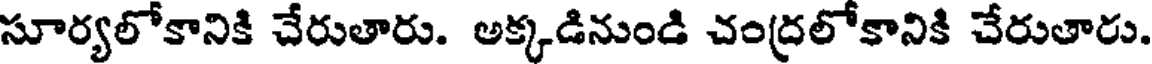
సూర్యలోకానికి చేరుతారు. అక్కడినుండి చంద్రలోకానికి చేరుతారు.